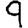
Digit: 9